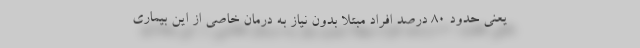
یعنی حدود ۸۰ درصد افراد مبتلا بدون نیاز به درمان خاصی از این بیماری